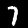
Label: 7